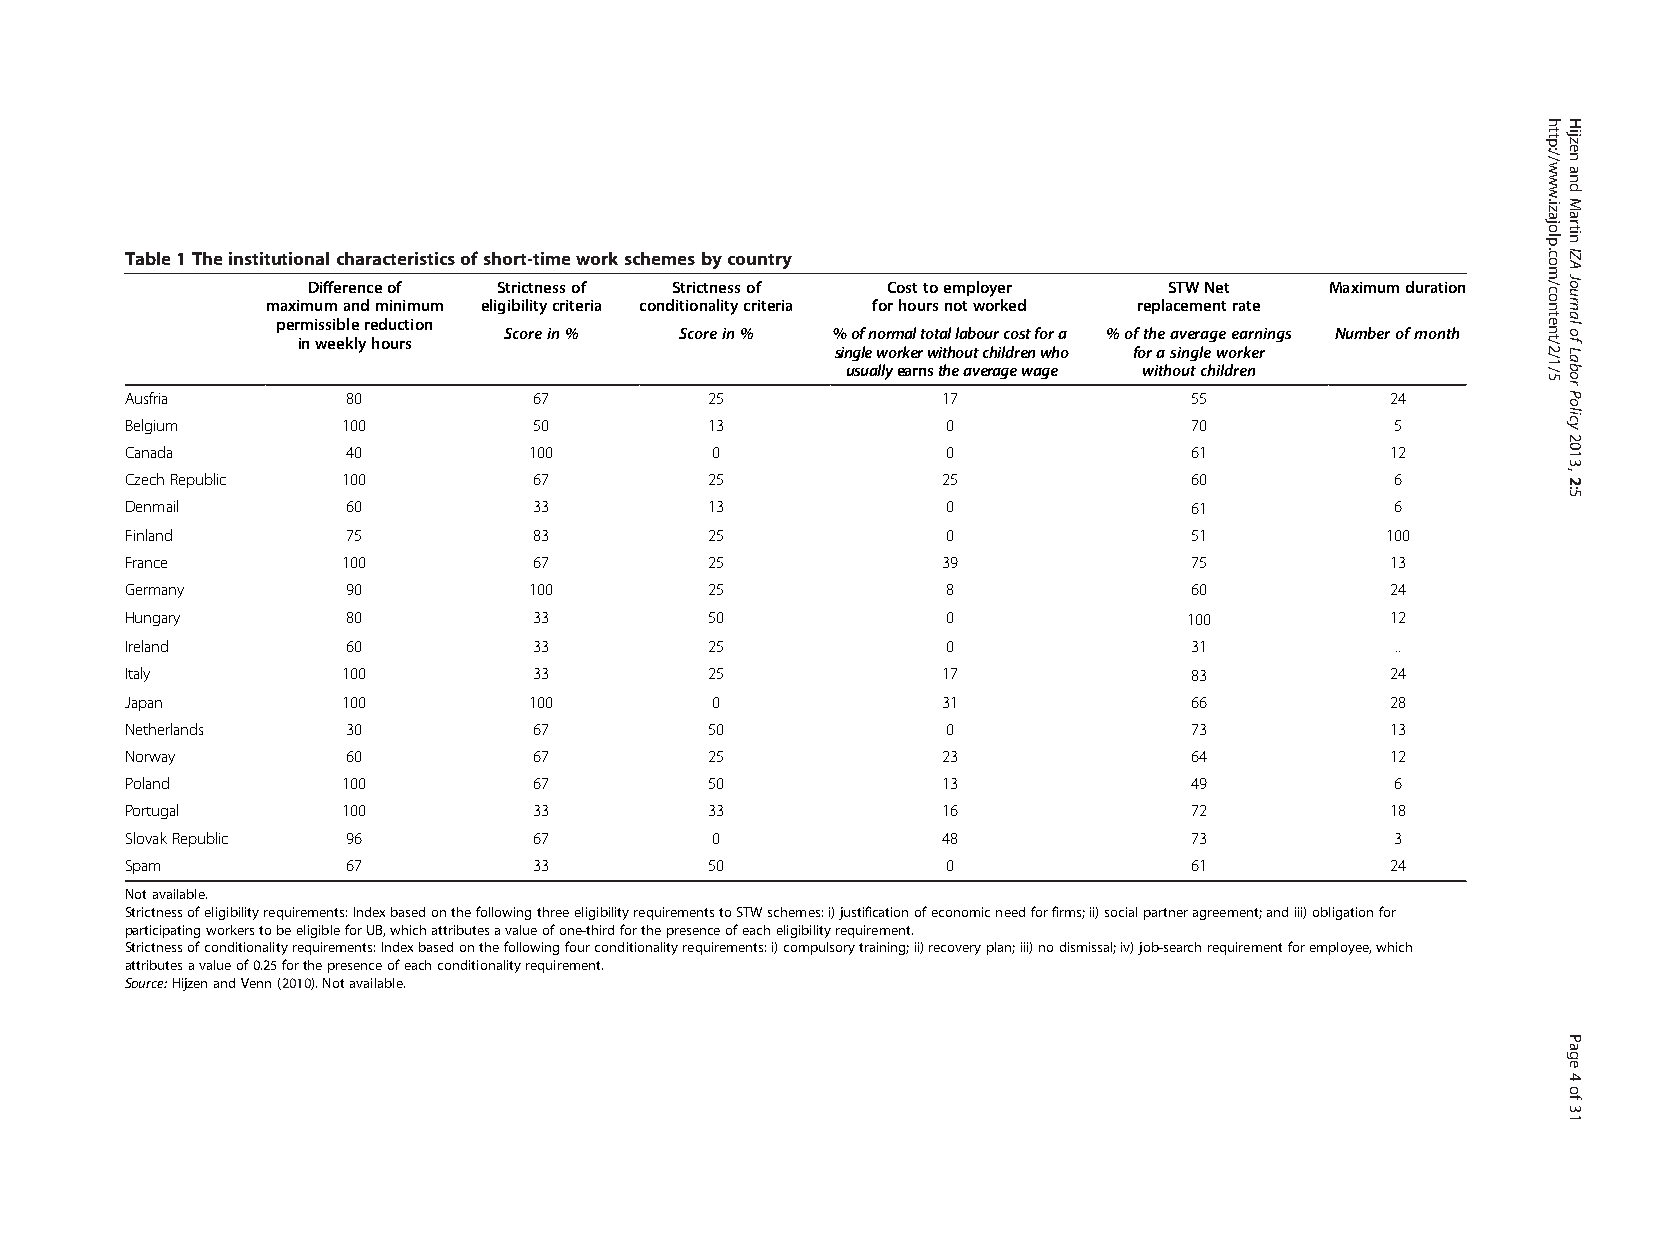
Table1Theinstitutionalcharacteristicsofshort-timeworkschemesbycountry
 Differenceof Strictnessof Strictnessof Costtoemployer    STWNet     Maximumduration
 maximumandminimum eligibilitycriteria conditionalitycriteria forhoursnotworked replacementrate
 permissiblereduction
 Scorein%    Scorein%  %ofnormaltotallabourcostfora %oftheaverageearnings Numberofmonth
 inweeklyhours
 singleworkerwithoutchildrenwho forasingleworker
 usuallyearnstheaveragewage withoutchildren
 Ausfria        80          67          25             17               55           24
 Belgium        100         50          13              0               70           5
 Canada         40          100         0               0               61           12
 CzechRepublic  100         67          25             25               60           6
 Denmail        60          33          13              0               61           6
 Finland        75          83          25              0               51           100
 France         100         67          25             39               75           13
 Germany        90          100         25              8               60           24
 Hungary        80          33          50              0               100          12
 Ireland        60          33          25              0               31           ..
 Italy          100         33          25             17               83           24
 Japan          100         100         0              31               66           28
 Netherlands    30          67          50              0               73           13
 Norway         60          67          25             23               64           12
 Poland         100         67          50             13               49           6
 Portugal       100         33          33             16               72           18
 SlovakRepublic 96          67          0              48               73           3
 Spam           67          33          50              0               61           24
 Notavailable.
 Strictnessofeligibilityrequirements:IndexbasedonthefollowingthreeeligibilityrequirementstoSTWschemes:i)justificationofeconomicneedforfirms;ii)socialpartneragreement;andiii)obligationfor
 participatingworkerstobeeligibleforUB,whichattributesavalueofone-thirdforthepresenceofeacheligibilityrequirement.
 Strictnessofconditionalityrequirements:Indexbasedonthefollowingfourconditionalityrequirements:i)compulsorytraining;ii)recoveryplan;iii)nodismissal;iv)job-searchrequirementforemployee,which
 attributesavalueof0.25forthepresenceofeachconditionalityrequirement.
 Source:HijzenandVenn(2010).Notavailable.
 http://www.izajolp.com/content/2/1/5 HijzenandMartinIZAJournalofLaborPolicy2013,2:5
 Page4of31